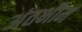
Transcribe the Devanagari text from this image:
अंतभौम